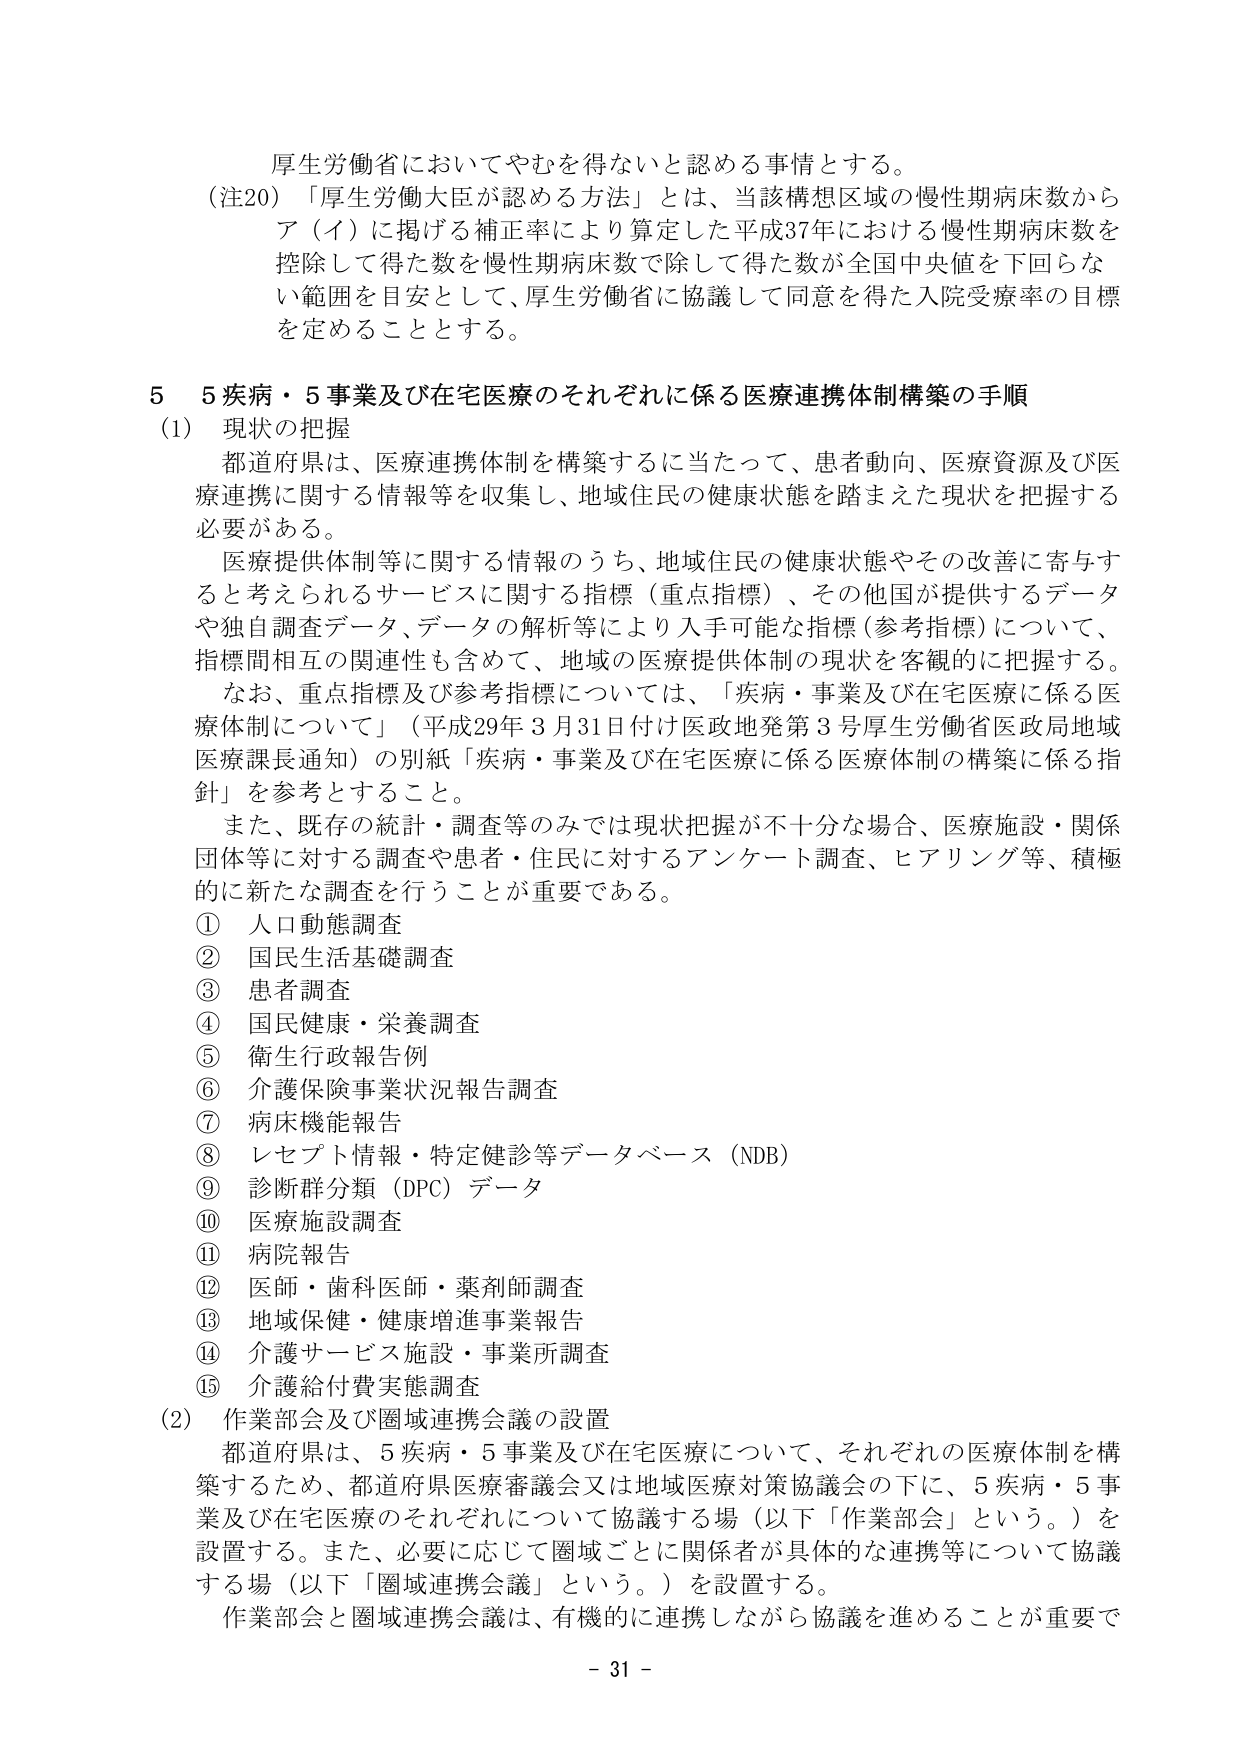
厚生労働省においてやむを得ないと認める事情とする。

（注20）「厚生労働大臣が認める方法」とは、当該構想区域の慢性期病床数からア（イ）に掲げる補正率により算定した平成37年における慢性期病床数を控除して得た数を慢性期病床数で除して得た数が全国中央値を下回らない範囲を目安として、厚生労働省に協議して同意を得た入院受療率の目標を定めることとする。

5　5疾病・5事業及び在宅医療のそれぞれに係る医療連携体制構築の手順

（1）　現状の把握

都道府県は、医療連携体制を構築するに当たって、患者動向、医療資源及び医療連携に関する情報等を収集し、地域住民の健康状態を踏まえた現状を把握する必要がある。

医療提供体制等に関する情報のうち、地域住民の健康状態やその改善に寄与すると考えられるサービスに関する指標（重点指標）、その他他国が提供するデータや独自調査データ、データの解析等により入手可能な指標（参考指標）について、指標間相互の関連性も含めて、地域の医療提供体制の現状を客観的に把握する。

なお、重点指標及び参考指標については、「疾病・事業及び在宅医療に係る医療体制について」（平成29年3月31日付け医政地発第3号厚生労働省医政局地域医療課長通知）の別紙「疾病・事業及び在宅医療に係る医療体制の構築に係る指針」を参考とすること。

また、既存の統計・調査等のみでは現状把握が不十分な場合、医療施設・関係団体等に対する調査や患者・住民に対するアンケート調査、ヒアリング等、積極的に新たな調査を行うことが重要である。

①　人口動態調査
②　国民生活基礎調査
③　患者調査
④　国民健康・栄養調査
⑤　衛生行政報告例
⑥　介護保険事業状況報告調査
⑦　病床機能報告
⑧　レセプト情報・特定健診等データベース（NDB）
⑨　診断群分類（DPC）データ
⑩　医療施設調査
⑪　病院報告
⑫　医師・歯科医師・薬剤師調査
⑬　地域保健・健康増進事業報告
⑭　介護サービス施設・事業所調査
⑮　介護給付費実態調査

（2）　作業部会及び圏域連携会議の設置

都道府県は、5疾病・5事業及び在宅医療について、それぞれの医療体制を構築するため、都道府県医療審議会又は地域医療対策協議会の下に、5疾病・5事業及び在宅医療のそれぞれについて協議する場（以下「作業部会」という。）を設置する。また、必要に応じて圏域ごとに関係者が具体的な連携等について協議する場（以下「圏域連携会議」という。）を設置する。

作業部会と圏域連携会議は、有機的に連携しながら協議を進めることが重要で

- 31 -